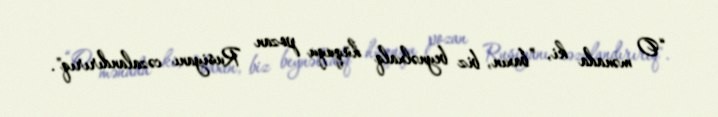
“O mənada ki, ”baxın, biz beynəlxalq hüququ pozan Rusiyanı cəzalandırırıq".